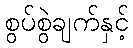
စွပ်စွဲချက်နှင့်